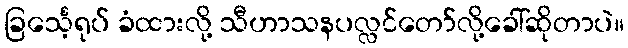
ခြင်္သေ့ရုပ် ခံထားလို့ သီဟာသနပလ္လင်တော်လို့ခေါ်ဆိုတာပဲ။